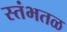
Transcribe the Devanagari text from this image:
स्तंभतळ